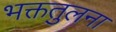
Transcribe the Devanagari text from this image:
भक्ततुलना